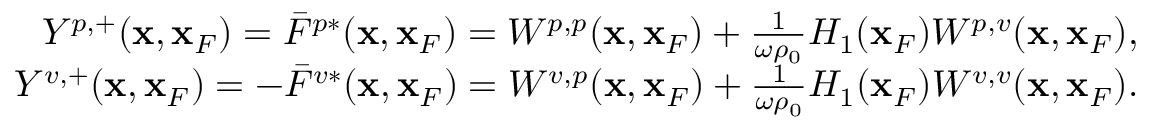
\begin{array} { r l r } & { } & { Y ^ { p , + } ( { \bf x } , { \bf x } _ { F } ) = \bar { F } ^ { p * } ( { \bf x } , { \bf x } _ { F } ) = W ^ { p , p } ( { \bf x } , { \bf x } _ { F } ) + \frac { 1 } { \omega \rho _ { 0 } } { \cal H } _ { 1 } ( { \bf x } _ { F } ) W ^ { p , v } ( { \bf x } , { \bf x } _ { F } ) , } \\ & { } & { Y ^ { v , + } ( { \bf x } , { \bf x } _ { F } ) = - \bar { F } ^ { v * } ( { \bf x } , { \bf x } _ { F } ) = W ^ { v , p } ( { \bf x } , { \bf x } _ { F } ) + \frac { 1 } { \omega \rho _ { 0 } } { \cal H } _ { 1 } ( { \bf x } _ { F } ) W ^ { v , v } ( { \bf x } , { \bf x } _ { F } ) . } \end{array}